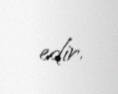
edir.